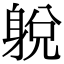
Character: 𨉋